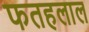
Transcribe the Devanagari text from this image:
फतहलाल